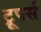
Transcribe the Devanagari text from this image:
ट्रूपर्स